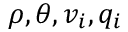
\rho , \theta , v _ { i } , q _ { i }